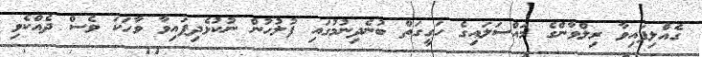
ގެއްލިފައިވާ ރިލްވާންގެ މައްސަލައިގެ ހަގީގަތް ބުނެދިނުމުގައި ފުލުހުން ނުކުޅެދިފައިވާ ވާހަކަ ވެސް ދެއްކެވި